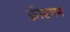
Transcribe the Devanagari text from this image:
फ़्रीडमन